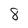
Character: 8